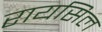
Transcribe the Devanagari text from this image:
रायसिल